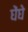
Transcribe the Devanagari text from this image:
घेंघे